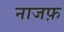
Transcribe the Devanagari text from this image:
नाजफ़